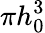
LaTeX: \pi h_{0}^{3}